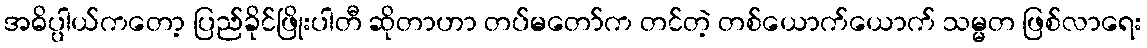
အဓိပ္ပါယ်ကတော့ ပြည်ခိုင်ဖြိုးပါတီ ဆိုတာဟာ တပ်မတော်က တင်တဲ့ တစ်ယောက်ယောက် သမ္မတ ဖြစ်လာရေး